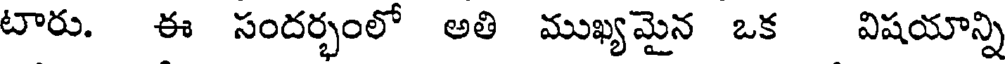
టారు. ఈ సందర్భంలో అతి ముఖ్యమైన ఒక విషయాన్ని